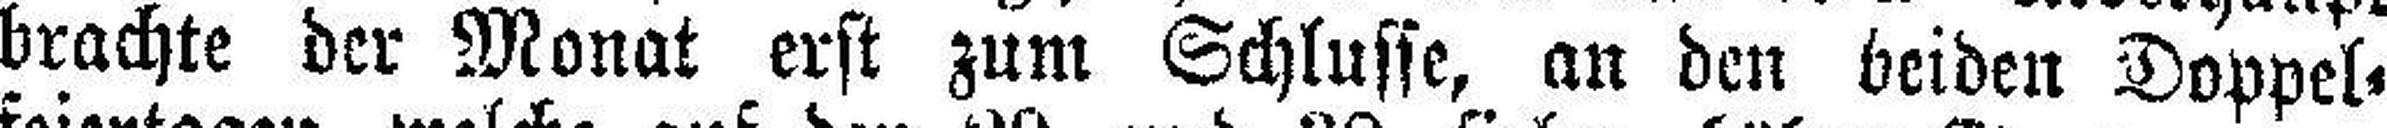
brachte der Monat erst zum Schlusse, an den beiden Doppel¬